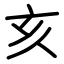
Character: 亥